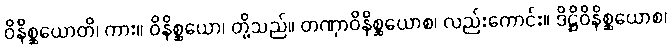
ဝိနိစ္ဆယောတိ၊ ကား။ ဝိနိစ္ဆယော၊ တို့သည်။ တဏှာဝိနိစ္ဆယောစ၊ လည်းကောင်း။ ဒိဋ္ဌိဝိနိစ္ဆယောစ၊